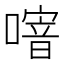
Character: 𠽨